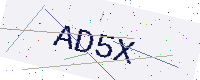
Text: AD5X